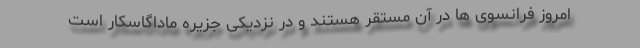
امروز فرانسوی ها در آن مستقر هستند و در نزدیکی جزیره ماداگاسکار است